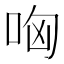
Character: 哅